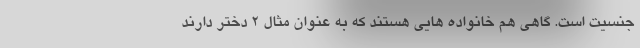
جنسیت است. گاهی هم خانواده هایی هستند که به عنوان مثال ۲ دختر دارند